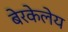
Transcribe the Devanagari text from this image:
बेरकेलेय